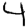
Digit: 4